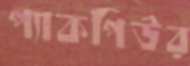
প্যাকপিউর